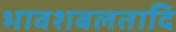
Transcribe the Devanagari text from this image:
भावशबलतादि